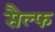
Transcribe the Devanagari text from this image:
सैल्फ